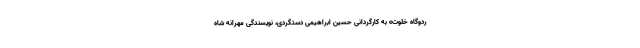
ردوگاه خلوت» به کارگردانی حسین ابراهیمی دستگردی، نویسندگی مهرانه شاه